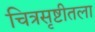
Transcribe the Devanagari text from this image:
चित्रसृष्टीतला